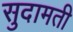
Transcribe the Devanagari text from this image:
सुदामती